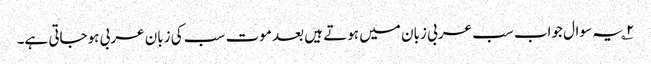
۲؎ یہ سوال جواب سب عربی زبان میں ہوتے ہیں بعد موت سب کی زبان عربی ہوجاتی ہے۔